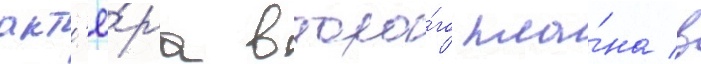
акт'ё́ра второ́го пла́на в